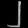
Digit: ၂